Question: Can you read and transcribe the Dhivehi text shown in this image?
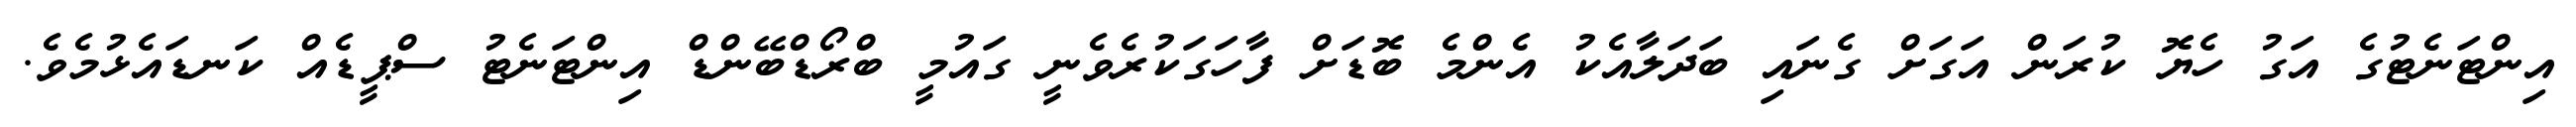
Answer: އިންޓަނެޓުގެ އަގު ހެޔޮ ކުރަން އަގަށް ގެނައި ބަދަލާއެކު އެންމެ ބޮޑަށް ފާހަގަކުރެވެނީ ގައުމީ ބްރޯޑްބޭންޑް އިންޓަނެޓު ސްޕީޑެއް ކަނޑައެޅުމެވެ.